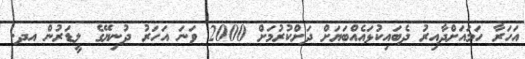
އަހަރާ ހަމައަށްދާއިރު ދެބައިކުޅައެއްބަޔަށް ދަށްކުރުމަށް 2000 ވަނަ އަހަރު ދުނިޔޭގެ ލީޑަރުން އދ.